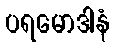
ပရမောဒါနံ